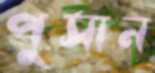
পুসান